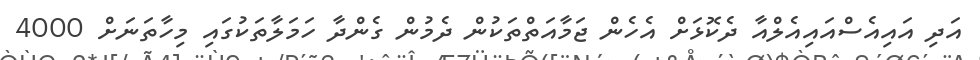
އަދި އައިއެސްއައިއެލްއާ ދެކޮޅަށް އެހެން ޖަމާއަތްތަކުން ދެމުން ގެންދާ ހަމަލާތަކުގައި މިހާތަނަށް 4000